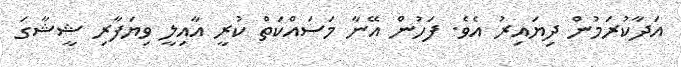
އަދާކުރަމުން ދިޔައިރު އެވެ. ފަހުން އޭނާ މަސައްކަތް ކުރީ އާއިލީ ވިޔަފާރި ޝީޝާގަ